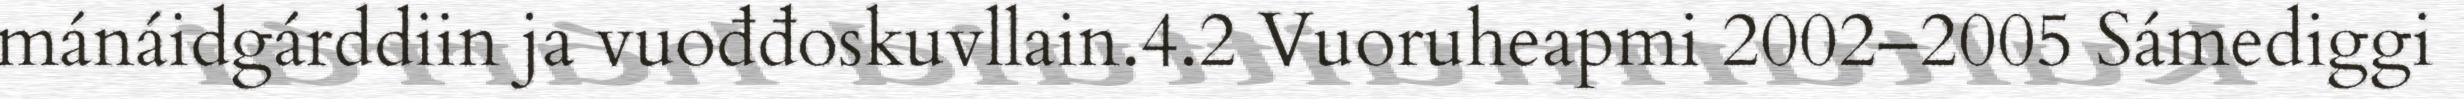
mánáidgárddiin ja vuođđoskuvllain.4.2 Vuoruheapmi 2002–2005 Sámediggi